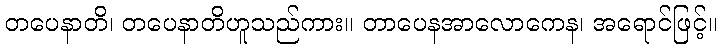
တပေနာတိ၊ တပေနာတိဟူသည်ကား။ တာပေနအာလောကေန၊ အရောင်ဖြင့်။